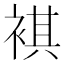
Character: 褀